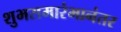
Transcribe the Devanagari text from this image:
शुभसमारंभानंतर